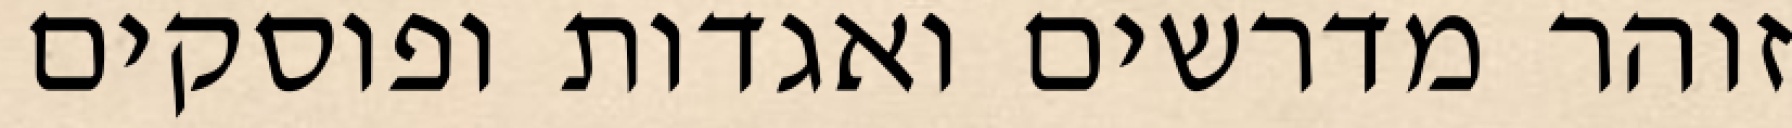
זוהר מדרשים ואגדות ופוסקים